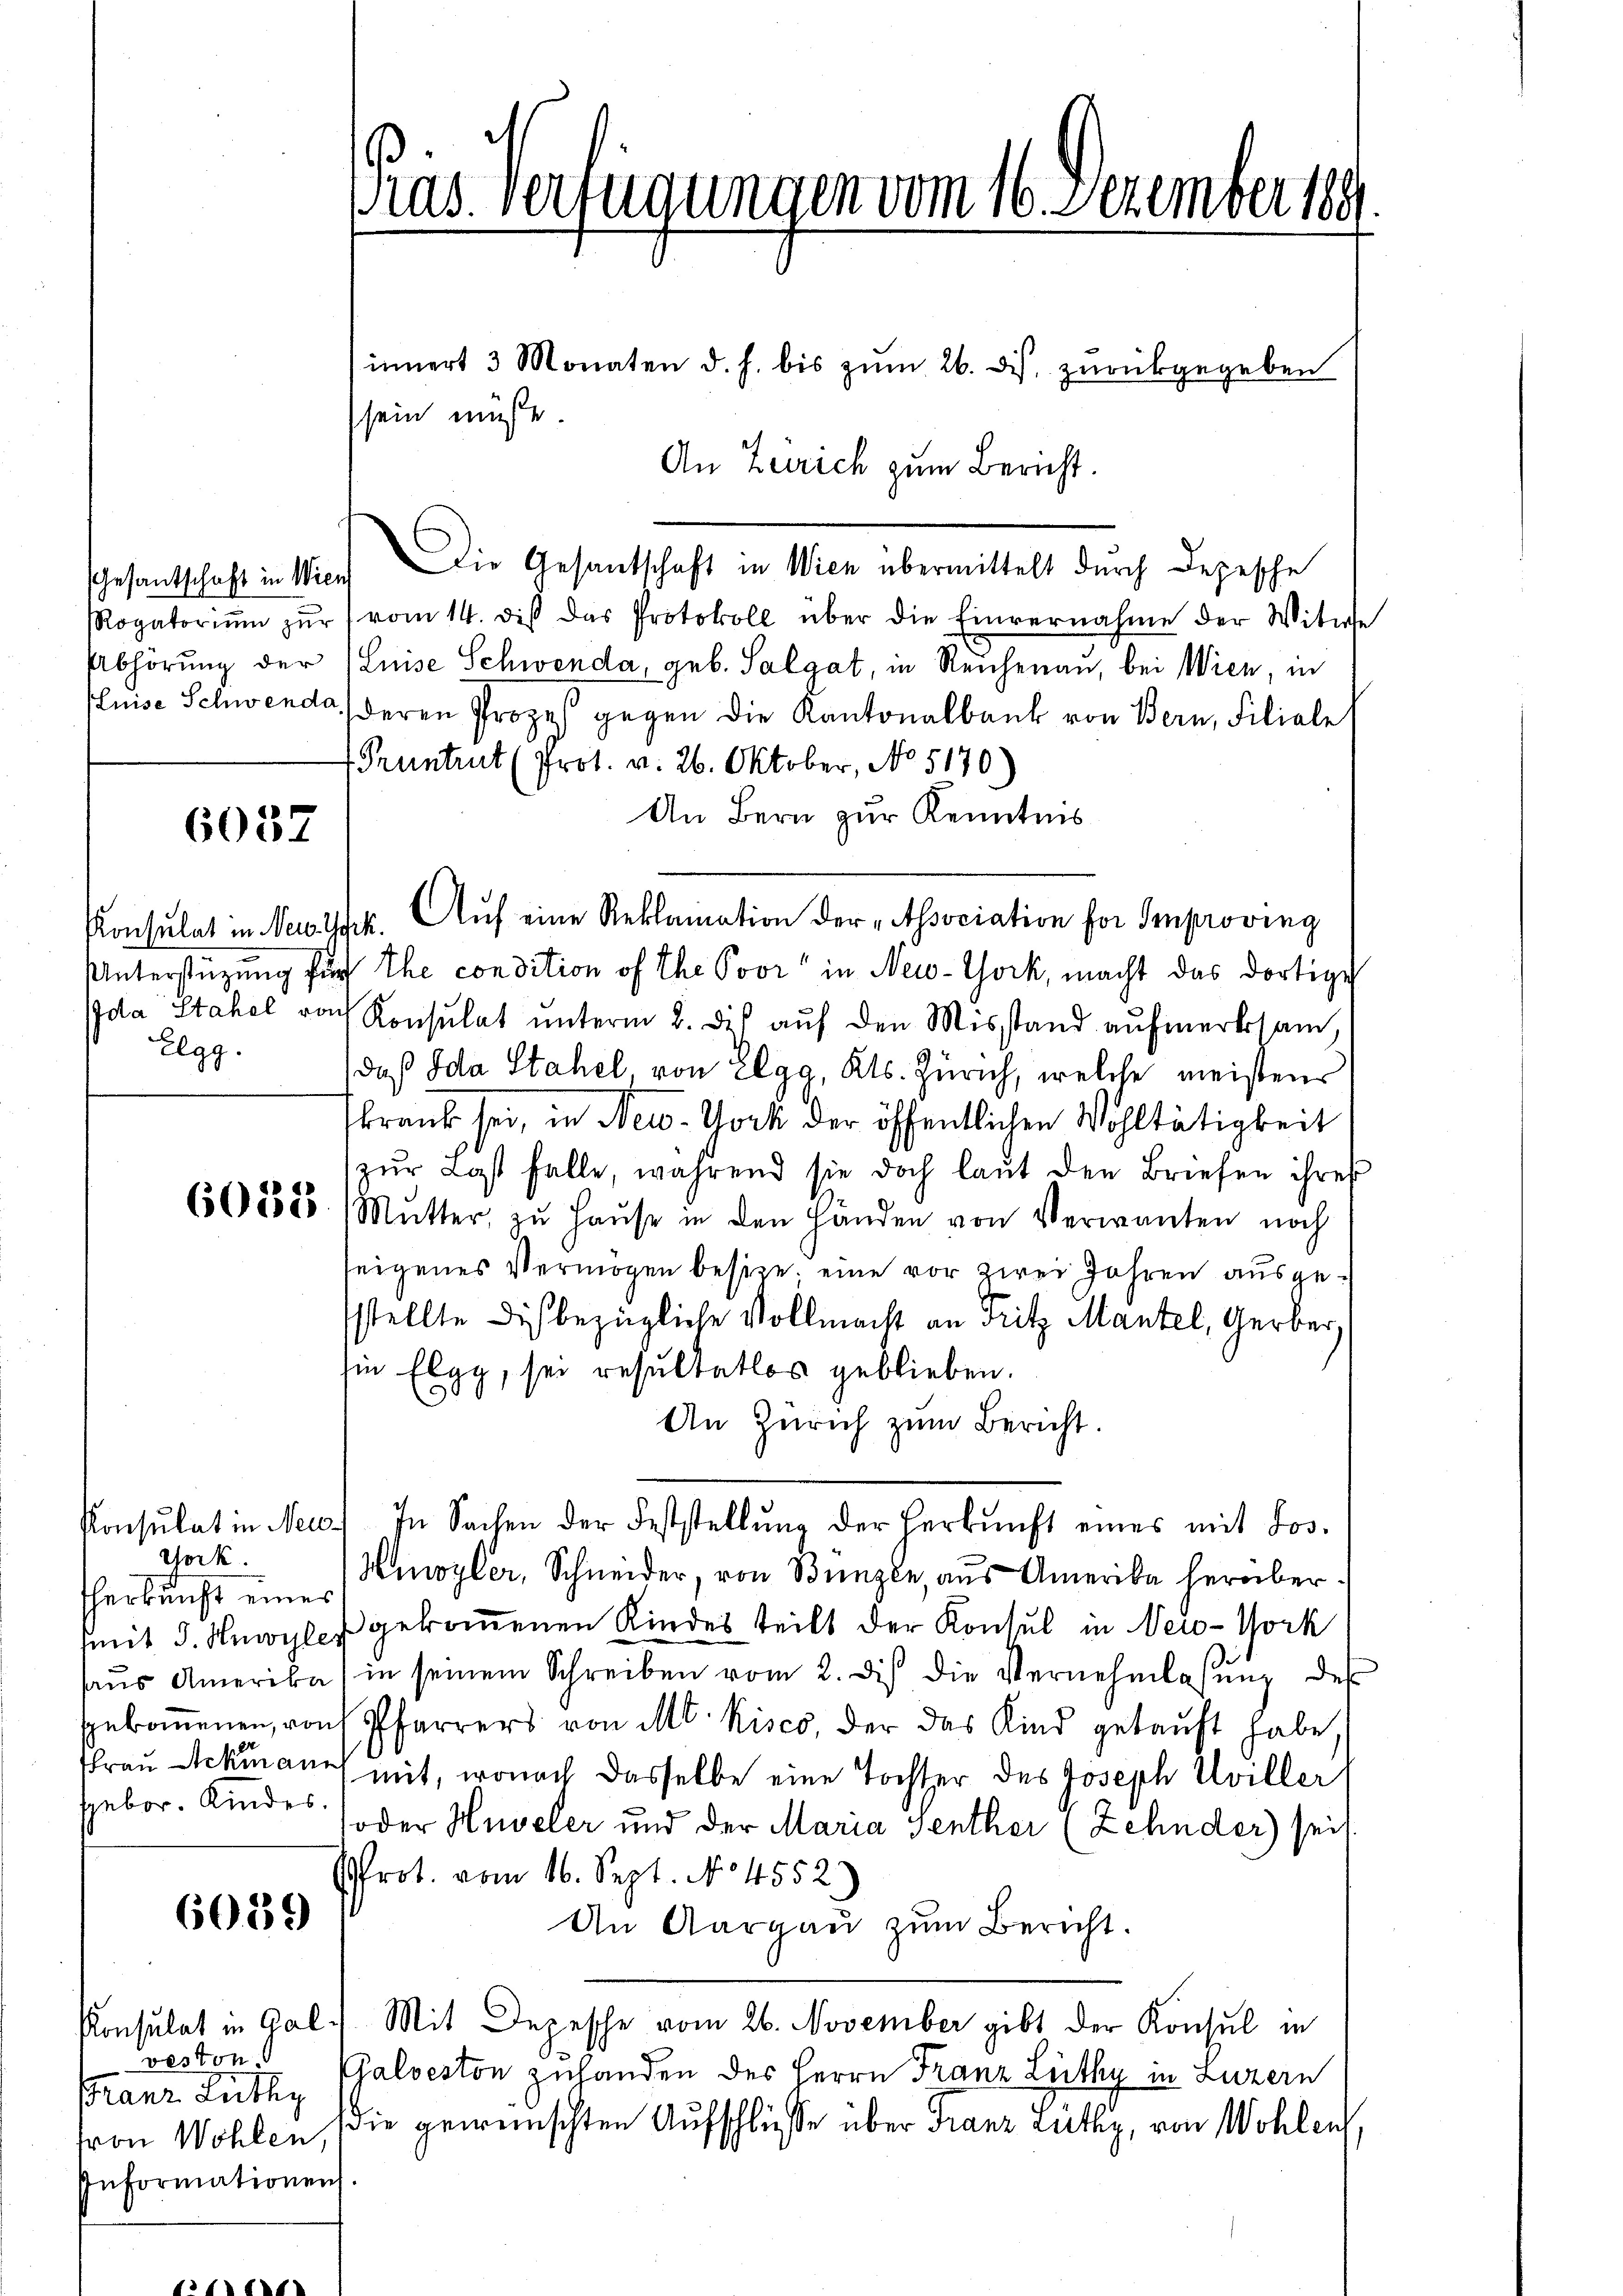
6037

Konsulat in Neu Jak.
Elgg.

Gock.
herkunft eines
sgebor. Kindes.

6059

veston
Franz Lüthy
fron Wohlen.
Informationen

innert 3 Monaten d. h. bis zŭm 26. ds. zŭrückgegeben
An Zürich zum Bericht.
Gesantschaft in Wien Die Gesantschaft in Wien übermittelt durch Depesche
Rogatoriŭm zŭr (vom 14. diβ das Protokoll über die Einvernahme der Witwe
Abhörung der (Luise Schwenda, geb. Salgat, in Reichenau, bei Wien, in
Puise Schwende deren Prozeß gegen die Kantonalbank von Bern, Filiale
 Pruntrut (Prot. v. 26. Oktober, No 5170)
An Bern zur Kenntnis
Aŭf eine Reklamation der „Association for Improving
Unterstüzung für Ehe condition of the Poor" in New-York, macht das dortige
Ida Stahel von Konsulat ŭnterm 2. des aŭf den Misstand aŭfmerksam,
daß Ida Stahel von Elgg, Kts. Zürich, welche meistens
krank sei, in New-York der öffentlichen Wohltätigkeit
zur Last falle, während sie doch laut den Briefen ihres
6365585 (Mŭtter zŭ Haŭse in den Handen von Verwanten noch
seigenes Vermögen besitze, eine vor zwei Jahren ausgesstellte dich bezügliche Vollmacht an Fritz Mantel, Gerber,
in Elgg, sei resultatlos geblieben.
An Zürich zum Bericht.
Konsulat in Neu. In Sachen der Feststellŭng der Herbŭnft eines mit Los.
Hmoyler, Schneider, von Bunzen, aus Amerika herübermit d. Mnwyler gekommenen Kindes teilt der Konsul in New-York
haŭs Amerika in seinem Schreiben vom 2. des die Vernehmlassŭng des
spebomenen, von Pfarrers von M. Kisco, der das Kind gekauft habe,
frau Ackmann mit, wonach dasselbe eine Tochter des Joseph Uviller
oder Huveler und der Maria Senther (Zehnder) sei.
Prot. vom 16. Sept. No 4552)
An Aargau zum Bericht.
Konsulat in Gal. Mit Depesche vom 26. November gibt der Konsul in
Galveston zuhanden des Herrn Franz Lüthy in Luzern
die gewünschten Aufschliesse über Franz Lüthy, von Wohlen

Pras. verfügungen vom 16. Dezember 189

sein müsse.